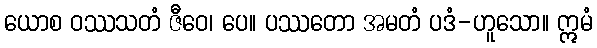
ယောစ ဝဿသတံ ဇီဝေ၊ ပေ။ ပဿတော အမတံ ပဒံ-ဟူသော။ ဣမံ